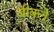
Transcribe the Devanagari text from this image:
बीक्ले